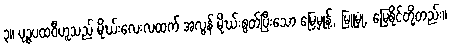
၃။ ပုဉ္ဇပထဝီဟူသည် မိုဃ်းလေးလထက် အလွန် မိုဃ်းစွတ်ပြီးသော မြေမှုန့်, မြူမှုံ, မြေစိုင်တို့တည်း။